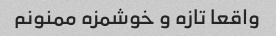
واقعا تازه و خوشمزه ممنونم